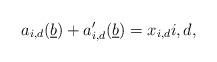
LaTeX: \begin{align*}a_{i,d}(\underline{b}) + a'_{i,d}(\underline{b}) = x_{i,d} i,d,\end{align*}